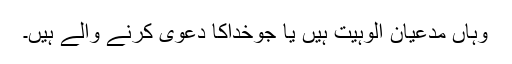
وہاں مدعیان الوہیت ہیں یا جوخداکا دعویٰ کرنے والے ہیں۔